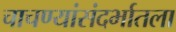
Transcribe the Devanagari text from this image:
चाचण्यांसंदर्भातला